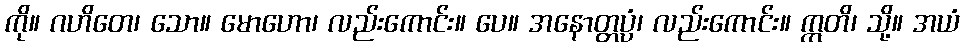
ကို။ ဂဟိတေ၊ သော။ မောဟော၊ လည်းကောင်း။ ပေ။ အနောတ္တပ္ပံ၊ လည်းကောင်း။ ဣတိ၊ သို့။ အယံ